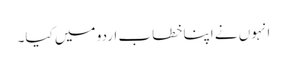
انہوں نے اپنا خطاب اردو میں کیا۔